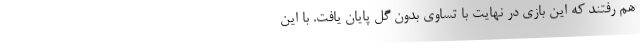
هم رفتند که این بازی در نهایت با تساوی بدون گل پایان یافت. با این